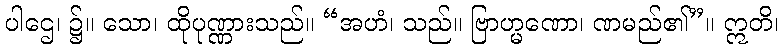
ပါဌေ၊ ၌။ သော၊ ထိုပုဏ္ဏားသည်။ “အဟံ၊ သည်။ ဗြာဟ္မဏော၊ ဏမည်၏”။ ဣတိ၊